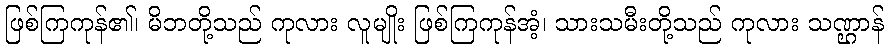
ဖြစ်ကြကုန်၏၊ မိဘတို့သည် ကုလား လူမျိုး ဖြစ်ကြကုန်အံ့၊ သားသမီးတို့သည် ကုလား သဏ္ဌာန်